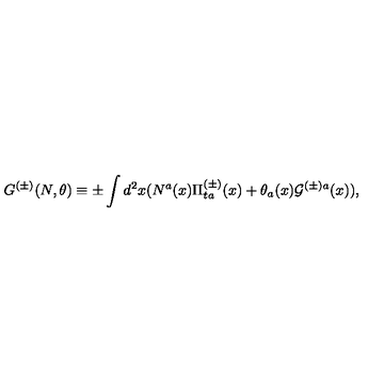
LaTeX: G ^ { ( \pm ) } ( N , \theta ) \equiv \pm \int d ^ { 2 } x ( N ^ { a } ( x ) \Pi _ { t a } ^ { ( \pm ) } ( x ) + \theta _ { a } ( x ) { \cal G } ^ { ( \pm ) a } ( x ) ) ,